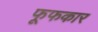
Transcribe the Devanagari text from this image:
फूफकार